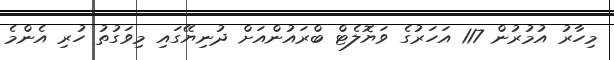
މިހާރު އުމުރުން 117 އަހަރުގެ ވަޔޮލެޓް ބްރައުންއަށް ދުނިޔޭގައި މިވަގުތު ހުރި އެންމެ